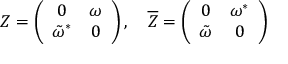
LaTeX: Z = \left( \begin{array} { c c } { { 0 } } & { { \omega } } \\ { { { \tilde { \omega } } ^ { * } } } & { { 0 } } \end{array} \right) , \quad { \overline { { Z } } } = \left( \begin{array} { c c } { { 0 } } & { { { \omega } ^ { * } } } \\ { { { \tilde { \omega } } } } & { { 0 } } \end{array} \right)